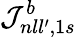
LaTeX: {\cal J}_{nll^{\prime},1s}^{b}